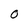
Character: 0